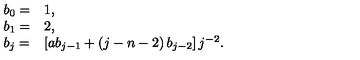
\begin{array} { l l } { b _ { 0 } = } & { 1 , } \\ { b _ { 1 } = } & { 2 , } \\ { b _ { j } = } & { \left[ a b _ { j - 1 } + \left( j - n - 2 \right) b _ { j - 2 } \right] j ^ { - 2 } . } \\ \end{array}